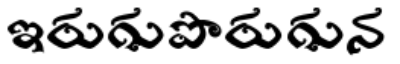
ఇరుగుపొరుగున